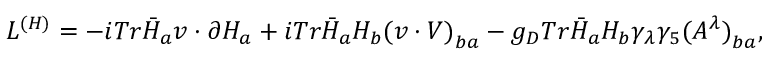
{ \cal L } ^ { ( H ) } = - i T r \bar { H } _ { a } v \cdot \partial H _ { a } + i T r \bar { H } _ { a } H _ { b } { ( v \cdot V ) } _ { b a } - g _ { D } T r \bar { H } _ { a } H _ { b } \gamma _ { \lambda } \gamma _ { 5 } { ( A ^ { \lambda } ) } _ { b a } ,